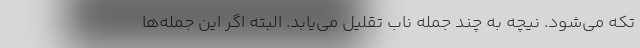
تکه می‌شود. نیچه به چند جمله ناب تقلیل می‌یابد. البته اگر این جمله‌ها